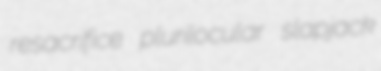
resacrifice plurilocular slapjack